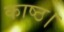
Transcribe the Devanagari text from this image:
काष्ठ।